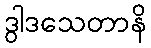
ဒွါဒသေတာနိ